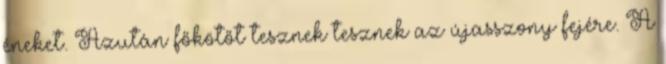
éneket. Azután főkötőt tesznek tesznek az újasszony fejére. A